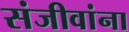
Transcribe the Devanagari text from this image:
संजीवांना